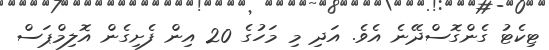
ޓިކެޓު ގެންގޮސްދޭނެ އެވެ. އަދި މި މަހުގެ 20 އިން ފެށިގެން އޮލިމްޕަސް